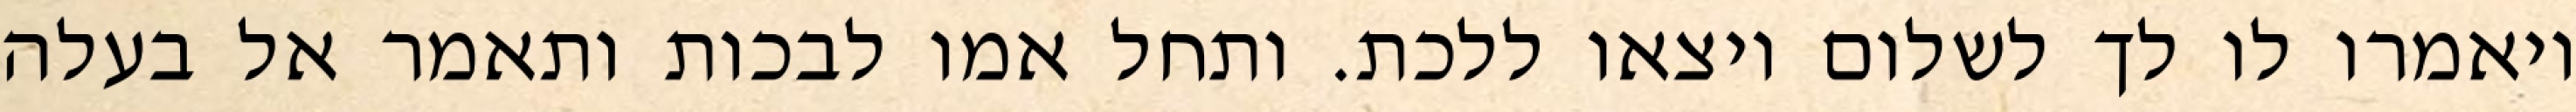
ויאמרו לו לך לשלום ויצאו ללכת. ותחל אמו לבכות ותאמר אל בעלה